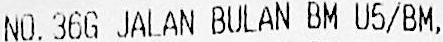
NO.36G JALAN BULAN BM U5/BM,